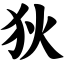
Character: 狄